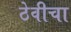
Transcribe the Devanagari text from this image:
ठेवीचा